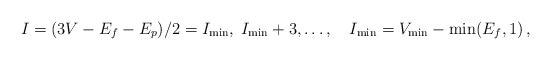
\begin{align*}I = (3V - E_f - E_p)/2 = I_{{\rm min}}, \; I_{{\rm min}} + 3, \ldots, \quad I_{{\rm min}} = V_{{\rm min}} - \min (E_f, 1) \,, \end{align*}